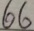
6 6